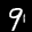
Label: 9